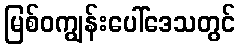
မြစ်ဝကျွန်းပေါ်ဒေသတွင်